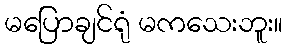
မပြောချင်ရုံ မကသေးဘူး။